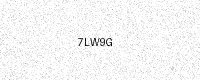
Text: 7LW9G